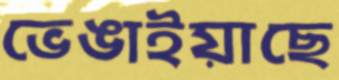
ভেঙাইয়াছে